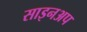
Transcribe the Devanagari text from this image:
साइनअप